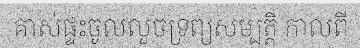
គាស់ផ្ទះចូលលួចទ្រព្យសម្បត្តិ កាលពី